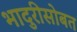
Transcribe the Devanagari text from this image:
भादुरीसोबत